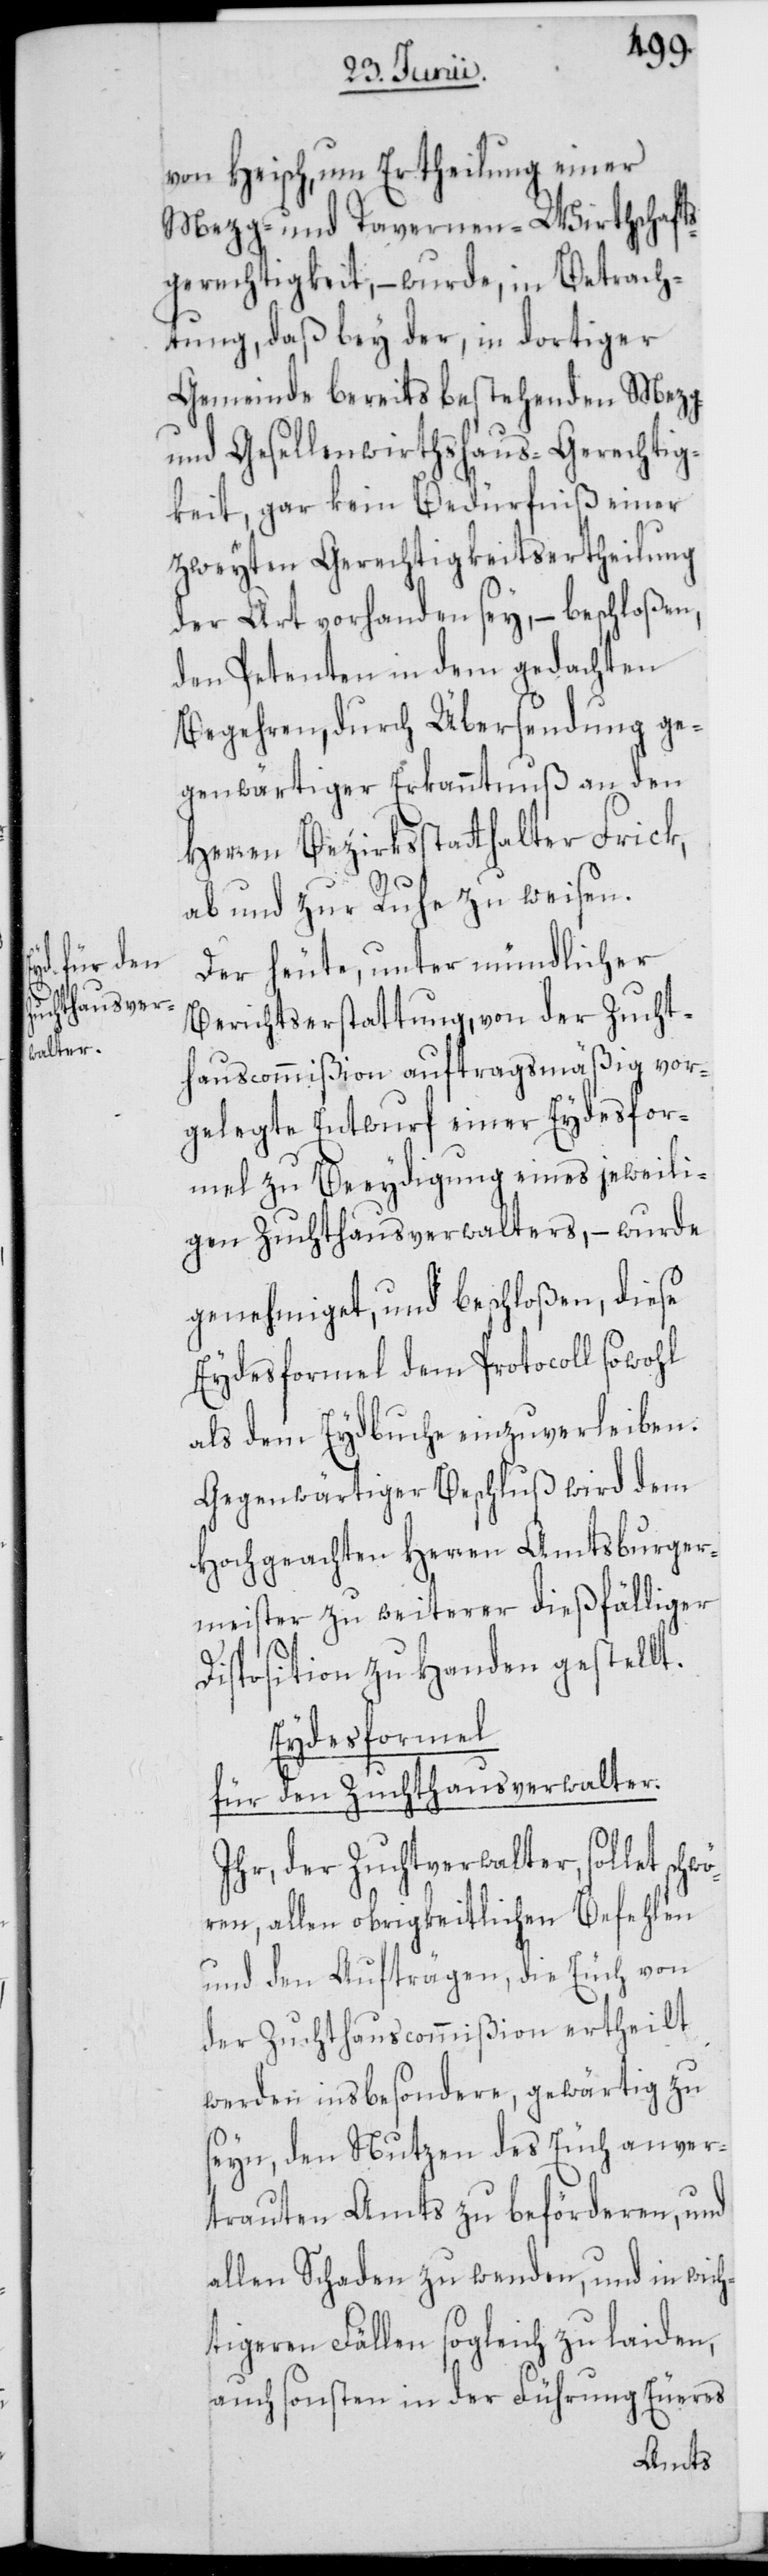
von Heisch, um Ertheilung einer
Mezg- und Tavernen-Wirthschafts¬
gerechtigkeit, – wurde, in Betrach¬
tung, daß bey der, in dortiger
Gemeinde bereits bestehenden Mezg-
und Gesellenwirthshaus-Gerechtig¬
keit, gar kein Bedürfniß einer
zweyten Gerechtigkeitsertheilung
der Art vorhanden sey, – beschloßen,
den Petenten in dem gedachten
Begehren, durch Übersendung ge¬
genwärtiger Erkanntnuß an den
Herren Bezirksstatthalter Frick,
ab und zur Ruhe zu weisen.
Der heute, unter mündlicher
Berichtserstattung, von der Zucht¬
hauscommißion auftragsmäßig vor¬
gelegte Entwurf einer Eydesfor¬
mel zu Beeydigung eines jeweili¬
gen Zuchthausverwalters, – wurde
genehmiget, und beschloßen, diese
Eydesformel dem Protocoll sowohl
als dem Eydbuche einzuverleiben.
Gegenwärtiger Beschluß wird dem
Hochgeachten Herren Amtsburger¬
meister zu weiter dießfälliger
Disposition zu Handen gestellt.
Eydesformel
für den Zuchthausverwalter.
Ihr, der Zuchtverwalter [sic!],
allen obrigkeitlichen Befehlen
und den Aufträgen, die Euch von
der Zuchthauscommißion ertheilt
werden insbesondere, gewärtig zu
seyn, den Nutzen des Euch anver¬
trauten Amts zu beförderen, und
allen Schaden zu wenden, und in wich¬
tigeren Fällen sogleich zu laiden,
auch sonsten in der Führung Eueres